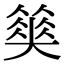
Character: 𡚅